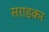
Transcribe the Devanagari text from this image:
सराडकर